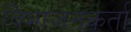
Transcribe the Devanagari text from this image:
विभाजनकर्ता